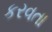
કરવતા